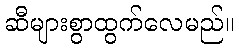
ဆီများစွာထွက်လေမည်။